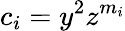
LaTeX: c_{i}=y^{2}z^{m_{i}}